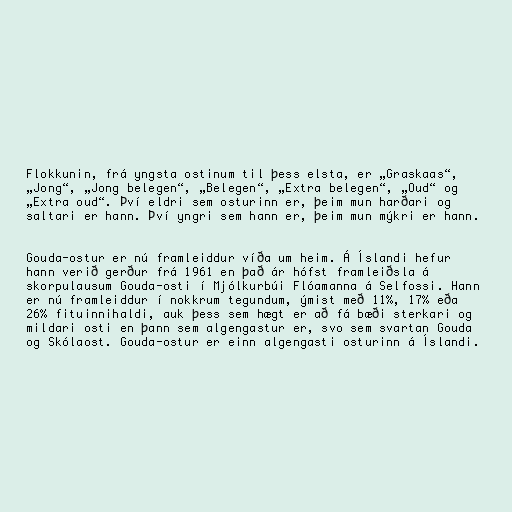
Flokkunin, frá yngsta ostinum til þess elsta, er „Graskaas“,
„Jong“, „Jong belegen“, „Belegen“, „Extra belegen“, „Oud“ og
„Extra oud“. Því eldri sem osturinn er, þeim mun harðari og
saltari er hann. Því yngri sem hann er, þeim mun mýkri er hann.

Gouda-ostur er nú framleiddur víða um heim. Á Íslandi hefur
hann verið gerður frá 1961 en það ár hófst framleiðsla á
skorpulausum Gouda-osti í Mjólkurbúi Flóamanna á Selfossi. Hann
er nú framleiddur í nokkrum tegundum, ýmist með 11%, 17% eða
26% fituinnihaldi, auk þess sem hægt er að fá bæði sterkari og
mildari osti en þann sem algengastur er, svo sem svartan Gouda
og Skólaost. Gouda-ostur er einn algengasti osturinn á Íslandi.